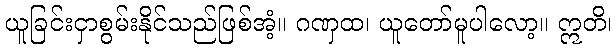
ယူခြင်းငှာစွမ်းနိုင်သည်ဖြစ်အံ့။ ဂဏှထ၊ ယူတော်မူပါလော့။ ဣတိ၊